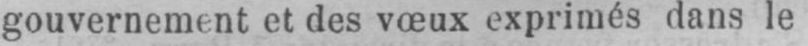
gouvernement et des vœux exprimés dans le